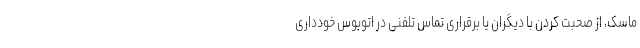
ماسک، از صحبت کردن با دیگران یا برقراری تماس تلفنی در اتوبوس خودداری